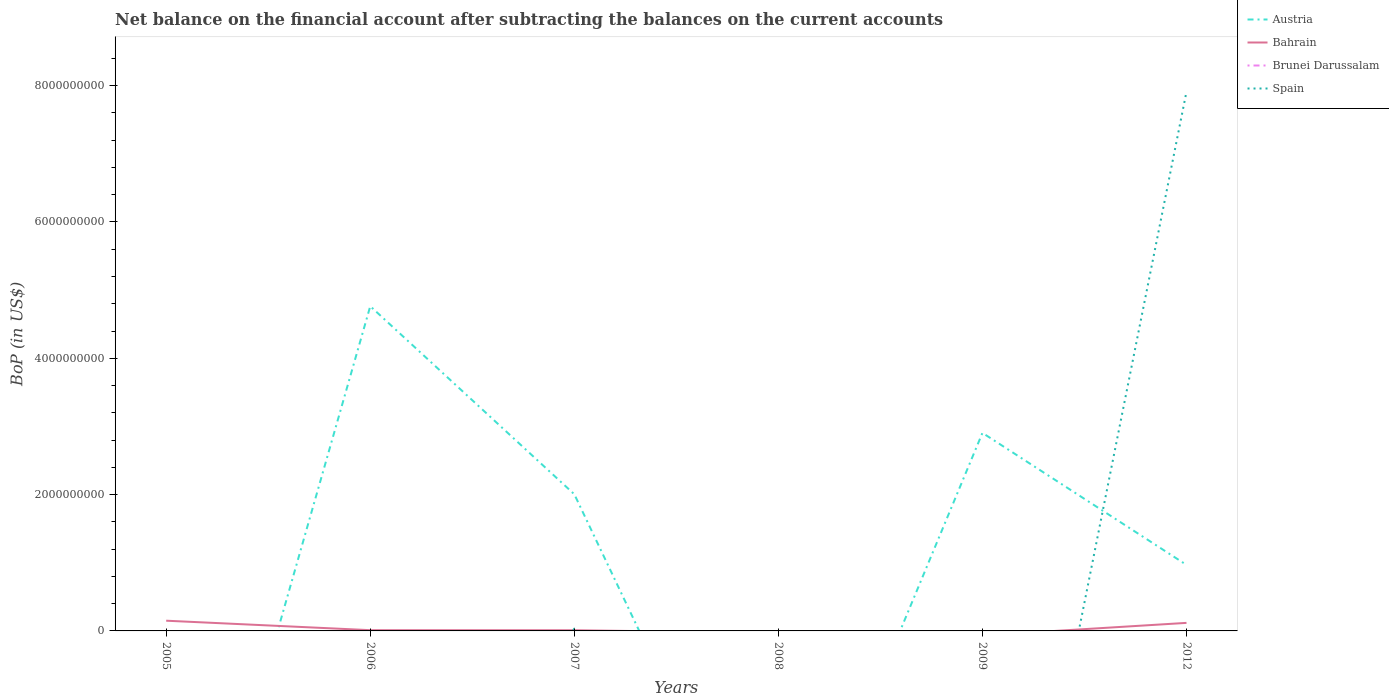
| Years | Austria | Bahrain | Brunei Darussalam | Spain |
 | --- | --- | --- | --- | --- |
 | 2005 | -5.73e+09 | 1.5e+08 | -3.97e+09 | -1.69e+09 |
 | 2006 | 4.76e+09 | 1.1e+07 | -5.79e+09 | -3.57e+09 |
 | 2007 | 2e+09 | 1.02e+07 | -5.86e+09 | 3.16e+07 |
 | 2008 | -4.3e+09 | -3.02e+07 | -8.23e+09 | -1.76e+09 |
 | 2009 | 2.91e+09 | -6.57e+07 | -5.42e+09 | -7.08e+09 |
 | 2012 | 9.69e+08 | 1.18e+08 | -2.06e+09 | 7.91e+09 |